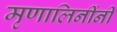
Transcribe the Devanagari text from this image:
मृणालिनींनी